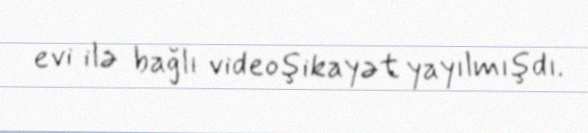
evi ilə bağlı videoşikayət yayılmışdı.